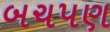
બચપણ